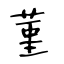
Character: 菫